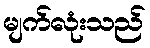
မျက်လုံးသည်